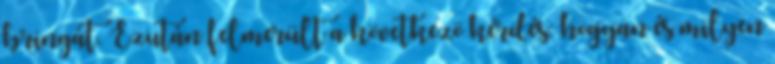
bringát. Ezután felmerült a következö kérdés: hogyan és milyen